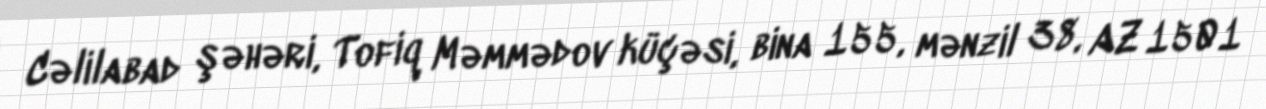
Cəlilabad şəhəri, Tofiq Məmmədov küçəsi, bina 155, mənzil 38, AZ 1501